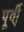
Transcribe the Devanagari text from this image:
पूर्वी्